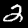
Label: 2